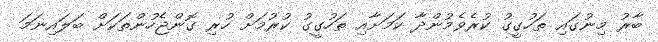
ބާރު މިނުގައި ތަހުގީގު ކުރެވެމުންދާ ކަމަށާއި ތަހުގީގު ކުރުމަށް ހުރި ގޮންޖެހުންތަކަށް ބަލައިނަމަ